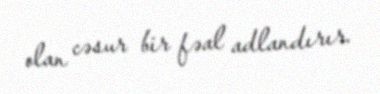
olan cəsur bir fəal adlandırır.